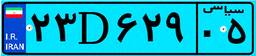
۲۳D۶۲۹۰۵